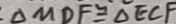
\Delta M D F \cong \Delta E C F